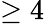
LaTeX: \geq 4